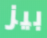
بيز